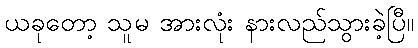
ယခုတော့ သူမ အားလုံး နားလည်သွားခဲ့ပြီ။